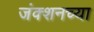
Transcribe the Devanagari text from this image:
जंक्शनच्या